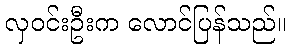
လှဝင်းဦးက လောင်ပြန်သည်။